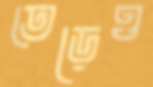
তেড়েও